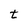
Character: t